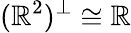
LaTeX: (\mathbb{R}^{2})^{\perp}\cong\mathbb{R}